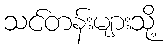
သင်တန်းများသို့